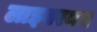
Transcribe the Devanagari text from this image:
लाइबरमन